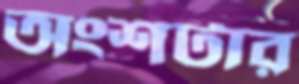
অংশটার